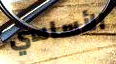
الأساسي